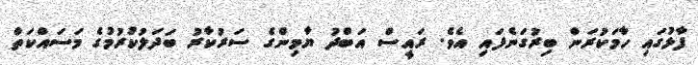
ފާޅުގައި ހާމަކުރަން ބިރުގަނެފައި އެވެ. ރައީސް އަބްދު ޔާމިންގެ ސަރުކާރު ބަދަލުކުރުމުގެ މަސައްކަތް